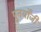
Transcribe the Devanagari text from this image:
पुनर्योंजी